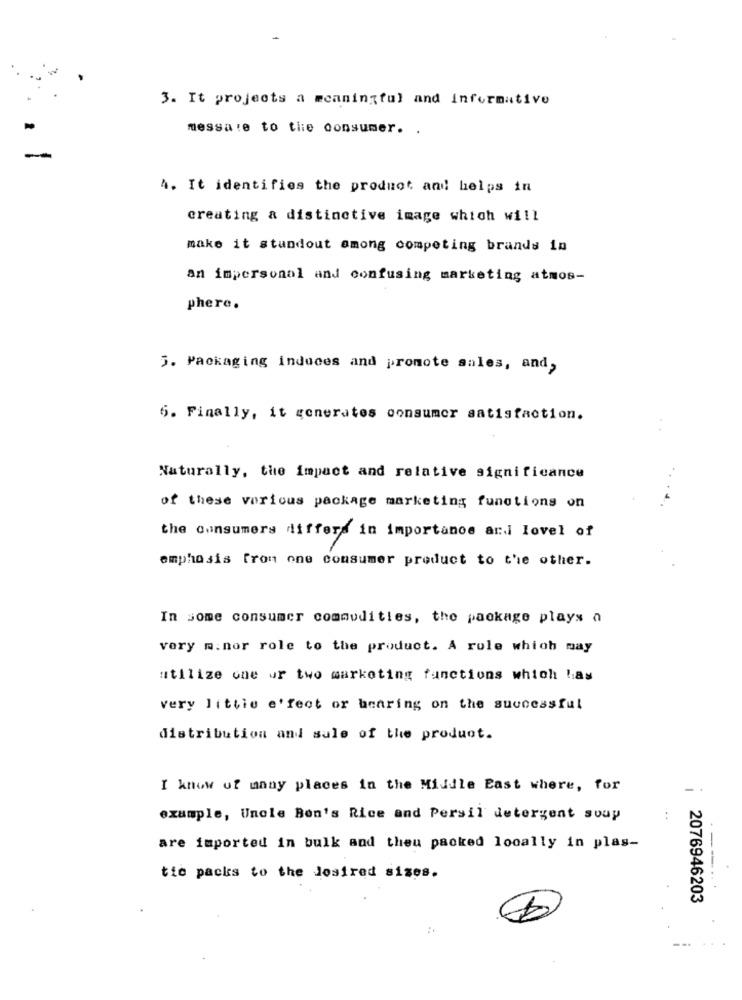
3. It projects a meaningful and informative
messa!e to tie consumer. .
4. It identifies the product and helps in
creating & distinctive image which will
make it stundout among competing brands in
an impersonal and confusing marketing atmos-
phere.
5. Packaging induces and promote sales, and,
6. Finally, it generates consumer satisfaction.
Naturally, the impact and relative significance
of these various package marketing functions on
the consumers differs in importance and lovel of
emphasis from one consumer product to the other.
In some consumer commodities, the package plays a
very m.nor role to the product. A rule which may
utilize one or two marketing functions which has
very littie e'fect or bearing on the successful
distribution and sale of the product.
I know of many places in the Middle East where, for
-
example, Uncle Ben's Rice and Persil detergent soup
are imported in bulk and theu packed locally in plas-
--
tic packs to the desired sizes.
2076946203